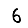
Digit: 6